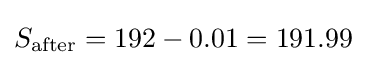
S_{\text{after}}={\text{192}}-0.01=191.99